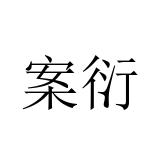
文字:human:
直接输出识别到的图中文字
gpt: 案衍